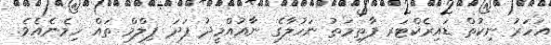
އަހަރު ނިކުތް ޑައިރެކްޓަރ ފާތިމަތު ނަހުލާގެ ނާއުއްމީދު ފަދަ ފިލްމް ތައް ހިމެނެއެވެ.